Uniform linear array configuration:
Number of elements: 4
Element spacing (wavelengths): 0.25
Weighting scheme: hamming
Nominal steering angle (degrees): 45
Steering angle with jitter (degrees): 43.337
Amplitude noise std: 0.05
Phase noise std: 0.05

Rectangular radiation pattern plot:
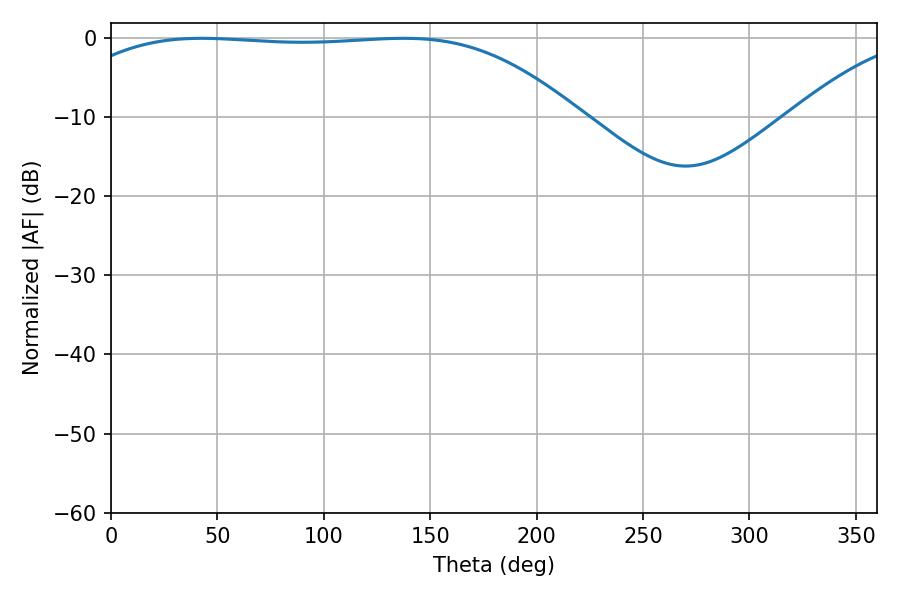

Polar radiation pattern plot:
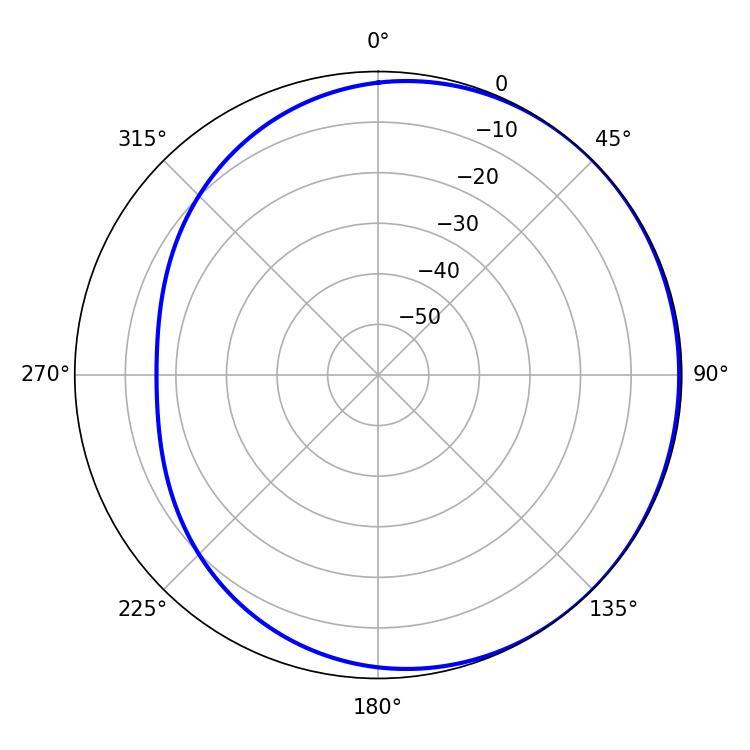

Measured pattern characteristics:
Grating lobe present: FALSE
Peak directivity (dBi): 0.7627
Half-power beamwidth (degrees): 186.3
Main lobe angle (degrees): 42.48